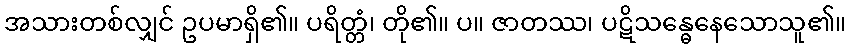
အသားတစ်လျှင် ဥပမာရှိ၏။ ပရိတ္တံ၊ တို၏။ ပ။ ဇာတဿ၊ ပဋိသန္ဓေနေသောသူ၏။